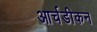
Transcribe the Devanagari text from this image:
आर्चडीकन